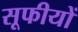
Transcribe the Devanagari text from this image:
सूफीयों